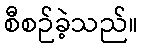
စီစဉ်ခဲ့သည်။